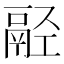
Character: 𩰰